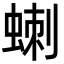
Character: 𮔗